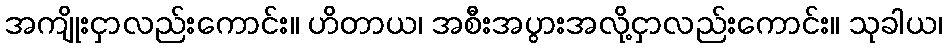
အကျိုးငှာလည်းကောင်း။ ဟိတာယ၊ အစီးအပွားအလို့ငှာလည်းကောင်း။ သုခါယ၊